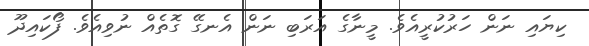
ކިޔައި ނަން ހަރުކުރީއެވެ. މީނާގެ އަރަބި ނަން އެނގޭ ގޮތެއް ނުވިއެވެ. ފޯކައިދޫ